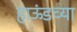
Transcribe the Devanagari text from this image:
हाऊंडच्या